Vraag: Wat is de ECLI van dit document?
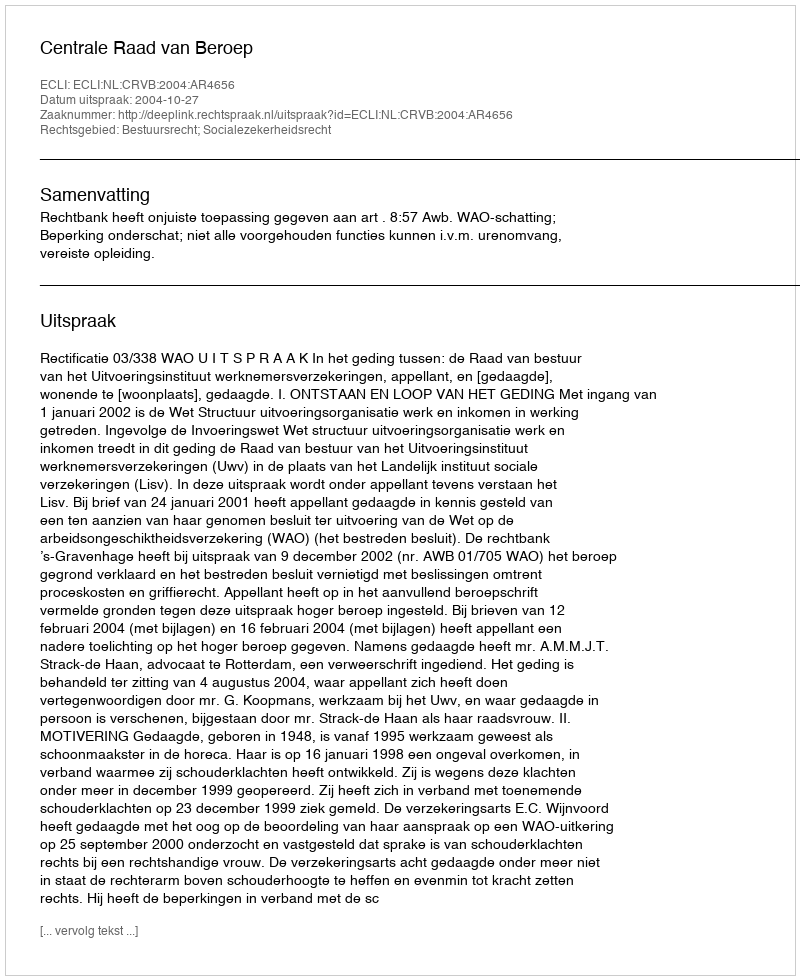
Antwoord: ECLI:NL:CRVB:2004:AR4656